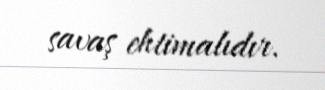
savaş ehtimalıdır.